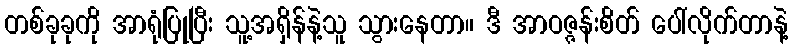
တစ်ခုခုကို အာရုံပြုပြီး သူ့အရှိန်နဲ့သူ သွားနေတာ။ ဒီ အာဝဇ္ဇန်းစိတ် ပေါ်လိုက်တာနဲ့